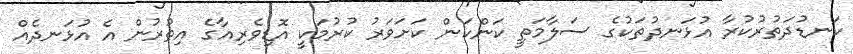
ކަނޑުދަތުރުކުރާ އުޅަނދުތަކުގެ ސަލާމަތީ ކަންކަން ކަށަވަރު ކުރުމަކީ އޮޑިވެރިއާގެ އިތުރުން އެ އުޅަނދެއް